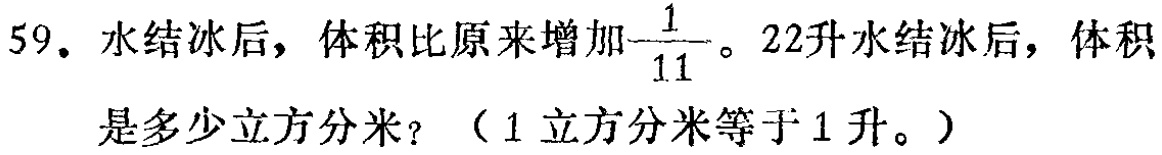
59. 水结冰后，体积比原来增加$\frac{1}{11}$。22升水结冰后，体积是多少立方分米？（1立方分米等于1升。）